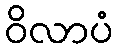
ဝိလာပံ